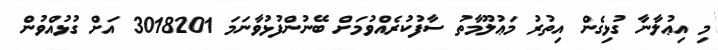
މި އިޢުލާނާ ގުޅިގެން އިތުރު މަޢުލޫމާތު ސާފުކުރެއްވުމަށް ބޭނުންފުޅުވާނަމަ 3018201 އަށް ގުޅުއްވުން